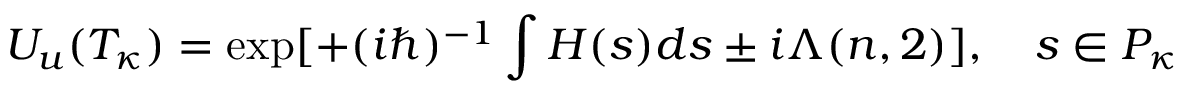
{ \cal U } _ { u } ( { \cal T } _ { \kappa } ) = \exp [ + ( i \hbar ) ^ { - 1 } \int H ( s ) d s \pm i \Lambda ( n , 2 ) ] , \quad s \in { \cal P } _ { \kappa }